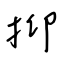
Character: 抑